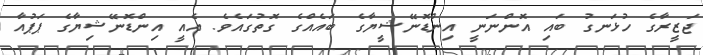
ޖަޒީރާގެ ހުޅަނގު ބައި އޮންނަނީ އިންޑޮނޭޝީޔާގެ ބައެއްގެ ގޮތުގައެވެ. އެއީ އިންޑޮނޭޝިޔާގެ ޕަޕުއާ